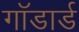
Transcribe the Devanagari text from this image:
गॉडार्ड